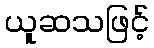
ယူဆသဖြင့်